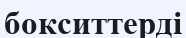
бокситтерді